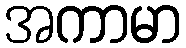
အကာမာ